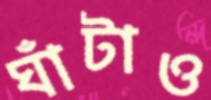
ঘাঁটাও